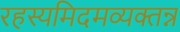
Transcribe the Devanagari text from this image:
रहस्यमिदमव्यक्तन्न